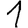
Digit: 1